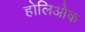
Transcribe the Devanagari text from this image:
होलिओक